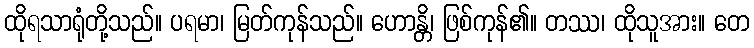
ထိုရသာရုံတို့သည်။ ပရမာ၊ မြတ်ကုန်သည်။ ဟောန္တိ၊ ဖြစ်ကုန်၏။ တဿ၊ ထိုသူအား။ တေ